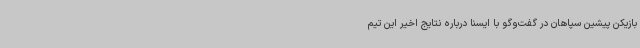
بازیکن پیشین سپاهان در گفت‌وگو با ایسنا درباره نتایج اخیر این تیم